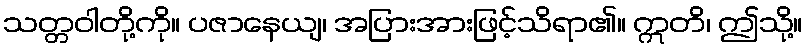
သတ္တဝါတို့ကို။ ပဇာနေယျ၊ အပြားအားဖြင့်သိရာ၏။ ဣတိ၊ ဤသို့။